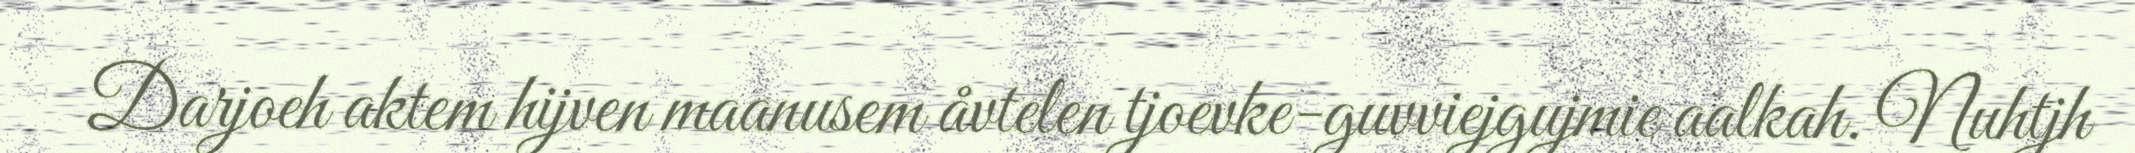
Darjoeh aktem hijven maanusem åvtelen tjoevke-guvviejgujmie aalkah. Nuhtjh